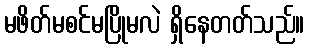
မဖိတ်မစင်မပြိုမလဲ ရှိနေတတ်သည်။